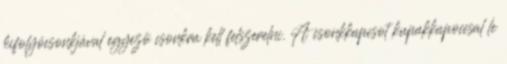
kifolyócsonkjával egyezõ csonkra kell felszerelni. A csonkkapcsot kupakkapoccsal le